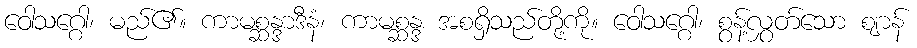
ဝေါသဂ္ဂေါ၊ မည်၏။ ကာမစ္ဆန္ဒာဒီနံ၊ ကာမစ္ဆန္ဒ အစရှိသည်တို့ကို။ ဝေါသဂ္ဂေါ၊ စွန့်လွှတ်သော ဈာန်